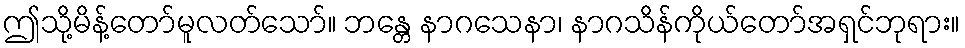
ဤသို့မိန့်တော်မူလတ်သော်။ ဘန္တေ နာဂသေနာ၊ နာဂသိန်ကိုယ်တော်အရှင်ဘုရား။